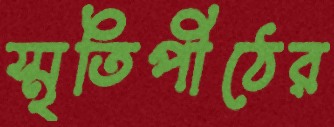
স্মৃতিপীঠের